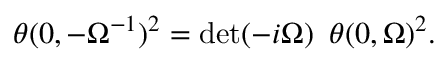
\theta ( 0 , - \Omega ^ { - 1 } ) ^ { 2 } = \operatorname * { d e t } ( - i \Omega ) \, \, \, \theta ( 0 , \Omega ) ^ { 2 } .